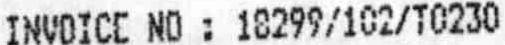
INVOICE NO : 18299/102/T0230